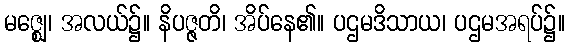
မဇ္ဈေ၊ အလယ်၌။ နိပဇ္ဇတိ၊ အိပ်နေ၏။ ပဌမဒိသာယ၊ ပဌမအရပ်၌။